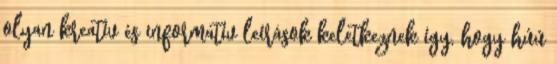
olyan kreatív és informatív leírások keletkeznek így, hogy húú